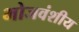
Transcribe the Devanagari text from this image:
भोजवंशीय